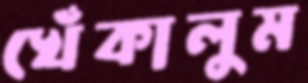
খেঁকালুম